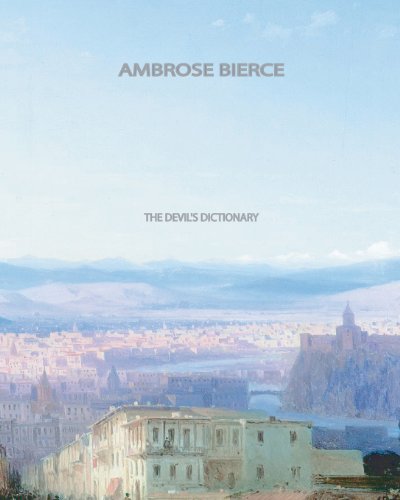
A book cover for The Devil's Dictionary; Ambrose Bierce; Reference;